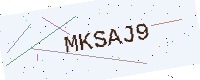
Text: MKSAJ9